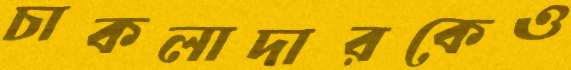
চাকলাদারকেও